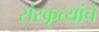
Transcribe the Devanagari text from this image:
संस्कृत्यांचे